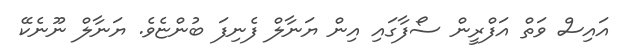
އައިސް ވަތް އަފްރީން ސޯފާގައި އިން ޔަނާލް ފެނިފަ ބުންޏެވެ. ޔަނާލް ނޫނެކޭ